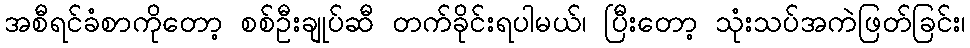
အစီရင်ခံစာကိုတော့ စစ်ဦးချုပ်ဆီ တက်ခိုင်းရပါမယ်၊ ပြီးတော့ သုံးသပ်အကဲဖြတ်ခြင်း၊